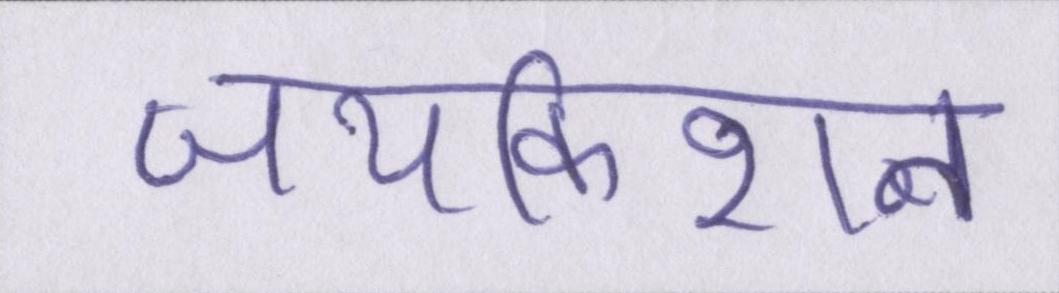
जयकिशन